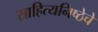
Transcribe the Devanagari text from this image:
साहित्यनिष्ठेचे